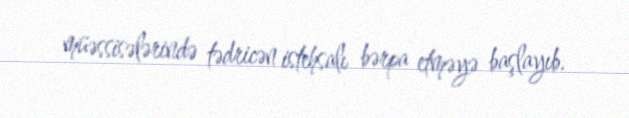
müəssisələrində tədricən istehsalı bərpa etməyə başlayıb.